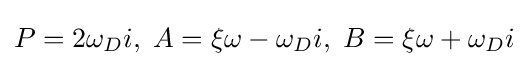
P=2\omega _{D}i,\;A=\xi \omega -\omega _{D}i,\;B=\xi \omega +\omega _{D}i